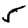
Digit: 5